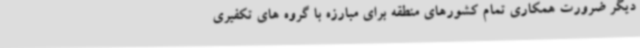
دیگر ضرورت همکاری تمام کشورهای منطقه برای مبارزه با گروه های تکفیری